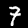
Label: 7